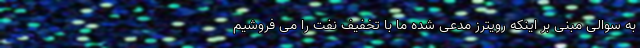
به سوالی مبنی بر اینکه رویترز مدعی شده ما با تخفیف نفت را می فروشیم